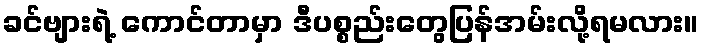
ခင်ဗျားရဲ့ ကောင်တာမှာ ဒီပစ္စည်းတွေပြန်အမ်းလို့ရမလား။